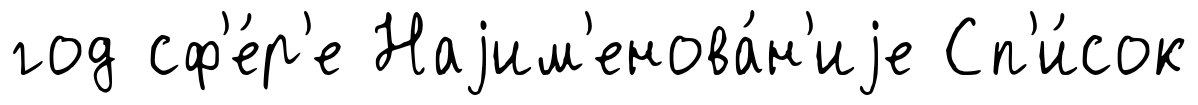
год сф'е́р'е Наjим'енова́н'иjе Сп'и́сок